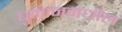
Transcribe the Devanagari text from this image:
घुमानमधील